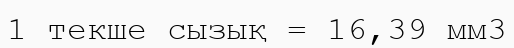
1 текше сызық = 16‚39 мм3